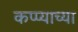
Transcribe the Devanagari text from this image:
कप्प्याच्या